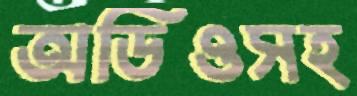
অডিওসহ